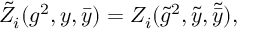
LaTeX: { \tilde { Z } _ { i } } ( g ^ { 2 } , y , \bar { y } ) = Z _ { i } ( { \tilde { g } ^ { 2 } , \tilde { y } , \tilde { \bar { y } } } ) ,